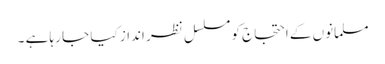
مسلمانوں کے احتجاج کو مسلسل نظر انداز کیا جا رہا ہے ۔